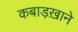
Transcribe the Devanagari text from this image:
कबाड़ख़ाने